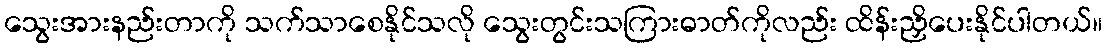
သွေးအားနည်းတာကို သက်သာစေနိုင်သလို သွေးတွင်းသကြားဓာတ်ကိုလည်း ထိန်းညှိပေးနိုင်ပါတယ်။